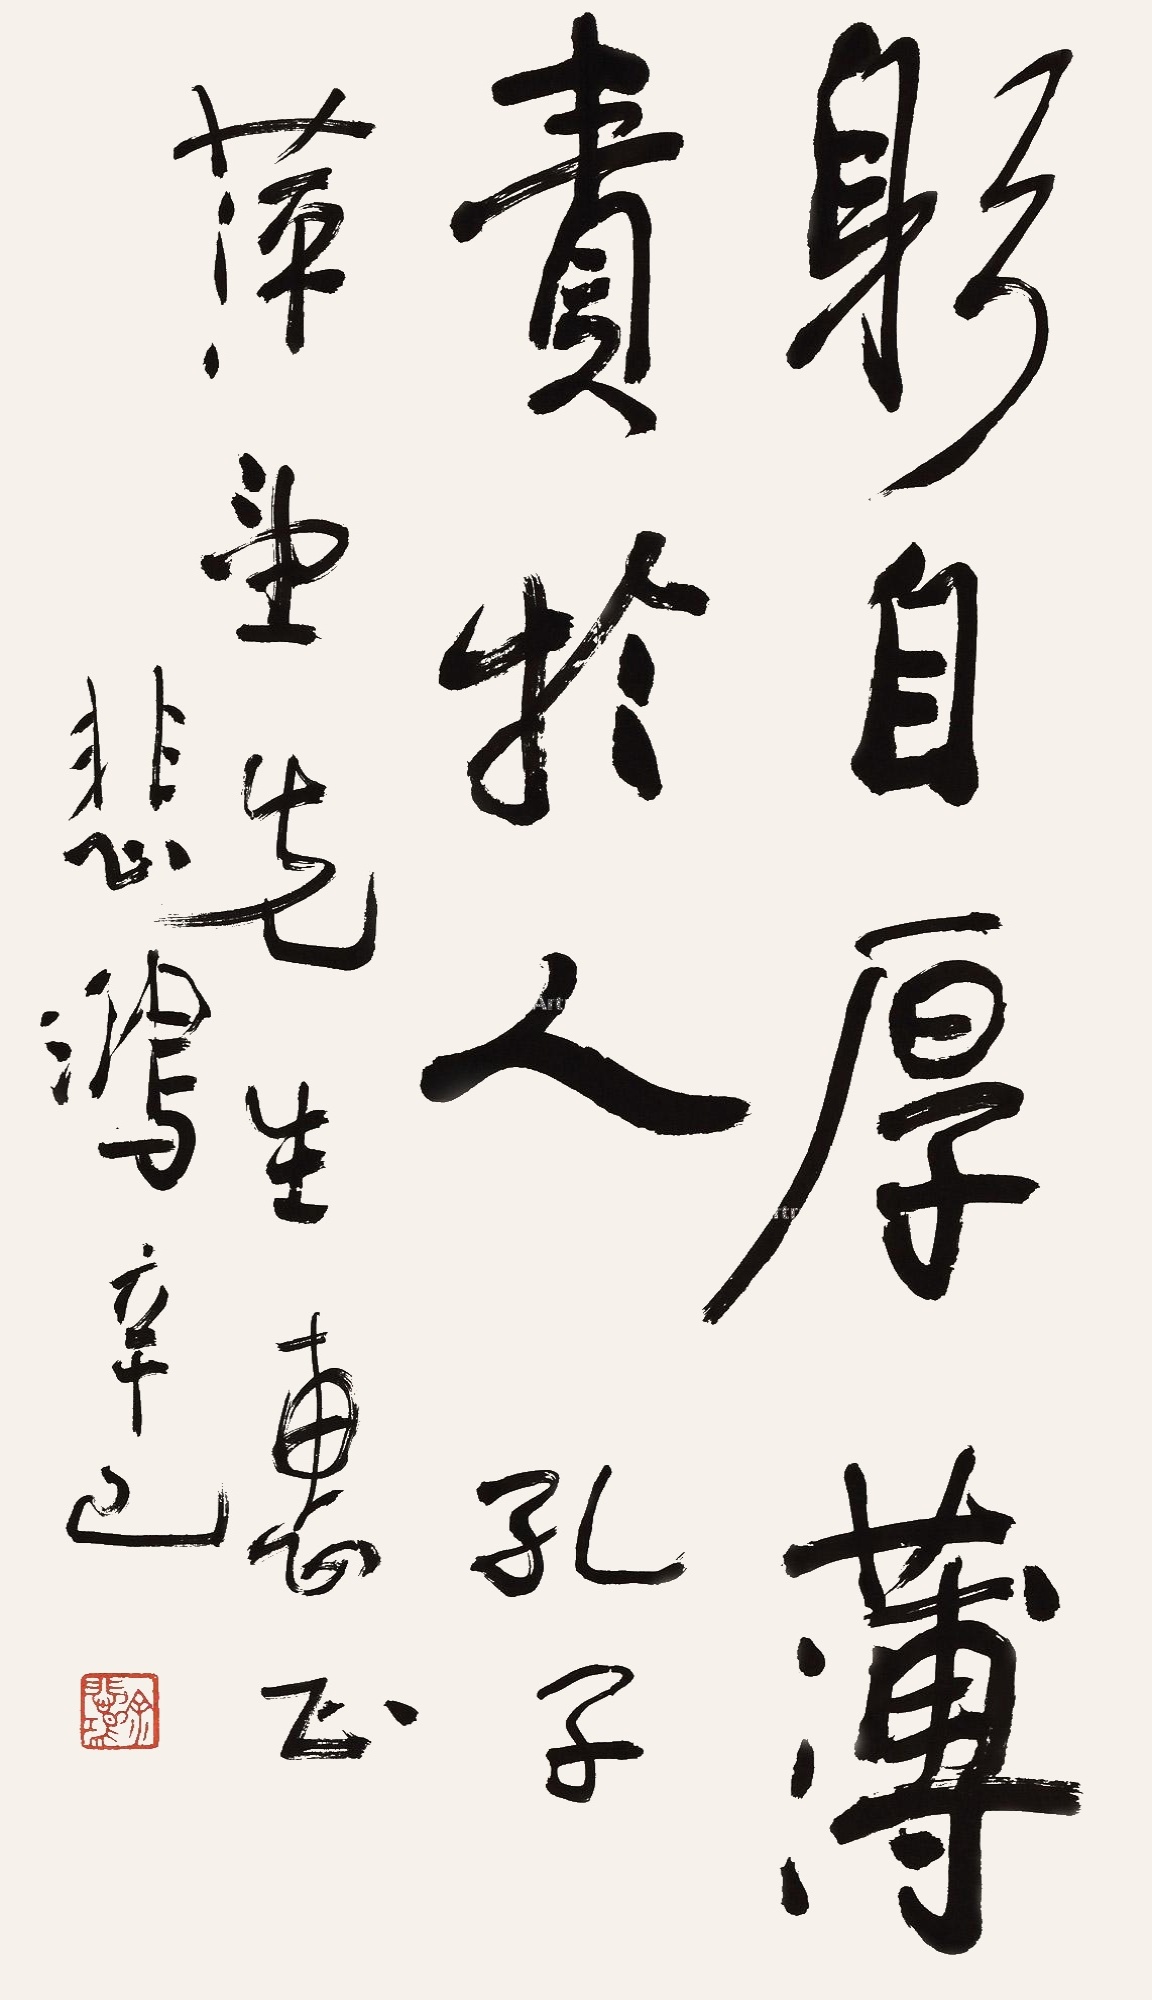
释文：躬自厚薄责于人。孔子。萍堂先生惠正，悲鸿，辛巳。